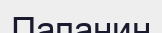
Папанин